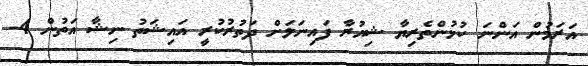
އަރަމުން އަންނަ ކުޅުންތެރިޔާ ޝިއުރާ ފައިނަލަށް ދަތުރުކުރީ އައިޝަތު ނިޝާ އަތުން 4-